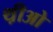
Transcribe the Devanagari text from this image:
थ़ीओ